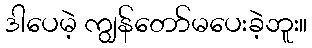
ဒါပေမဲ့ ကျွန်တော်မပေးခဲ့ဘူး။